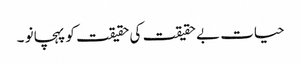
حیات بے حقیقت کی حقیقت کو پہچانو ۔